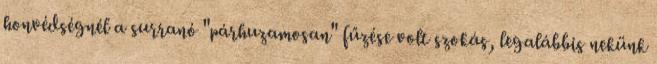
honvédségnél a surranó "párhuzamosan" fűzése volt szokás, legalábbis nekünk